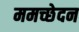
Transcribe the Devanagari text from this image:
ममच्छेदन